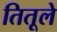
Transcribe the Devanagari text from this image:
तितूले